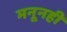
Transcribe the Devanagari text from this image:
मनूनही